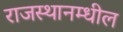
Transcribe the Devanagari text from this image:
राजस्थानम्धील